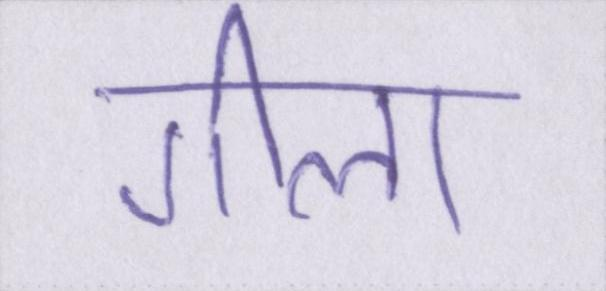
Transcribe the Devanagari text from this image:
गीला